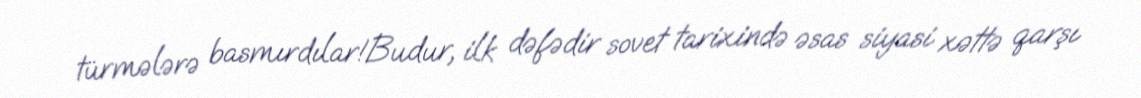
türmələrə basmırdılar!Budur, ilk dəfədir sovet tarixində əsas siyasi xəttə qarşı